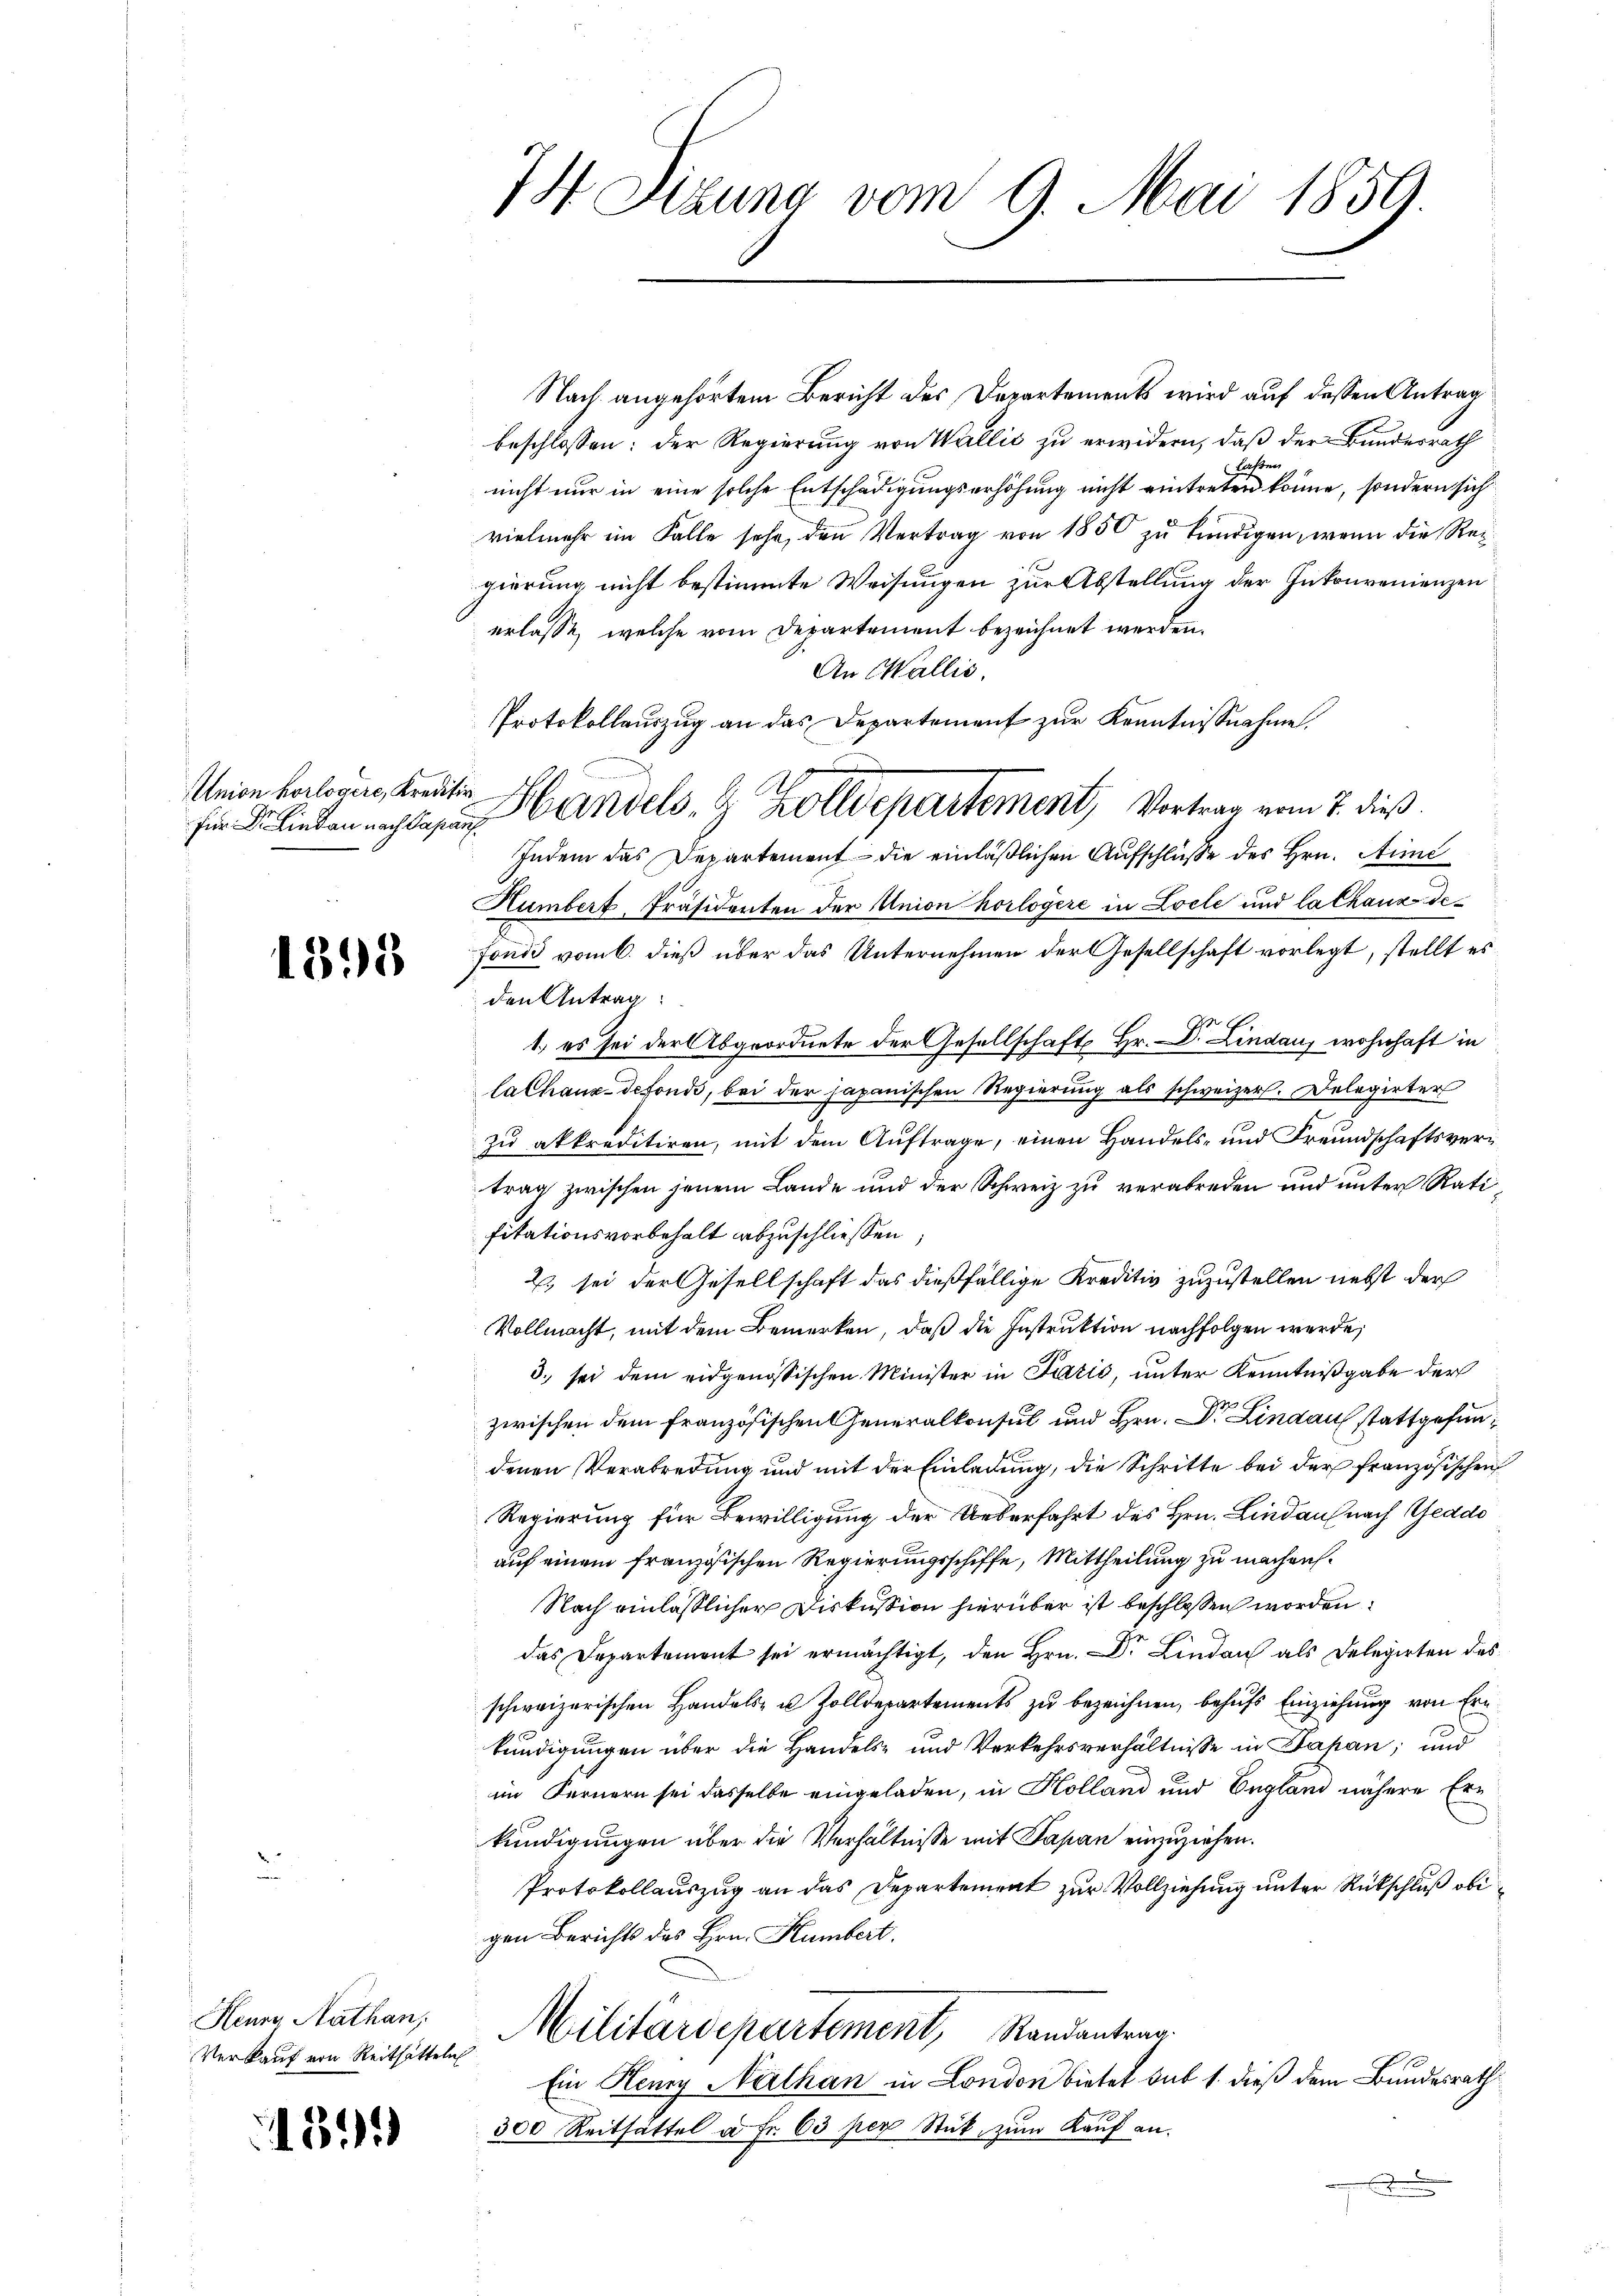
Union horlogere, Kreditir
Für Dr. Lindau nach Papans

1398

Heure Nathan,
Verkauf von Reithätteln

1311

74 Dizung vom 9. Mai 1859.

Nach angehörtem Bericht des Departements wird auf dessen Antrag
beschlossen: der Regierung von Wallis zu erwidern, daß der Bundesrath
ahren
nicht nur in eine solche Entschädigungserhöhung nicht eintreten könne, sondern sich
vielmehr im Falle sehr, den Vertrag von 1850 zu kündigen, wenn die Regierung nicht bestimmte Weisungen zur Abstellung der Inkonvenienzen
erlasse, welche vom Departement bezeichnet werden.
An Wallis.
Indem das Departement - die einläßlichen Aufschlüsse des Hrn. Aic
Humbert, Präsidenten der Union horlogere in Loele und la Chaux-de-
fonds vom 6. dieß über das Unternehmen der Gesellschaft vorlegt, stellt es
den Antrag:
1.) es sei der Abgeordnete der Gesellschaft Hr. Dr. Lindaus wohnhaft in
lalhaux-defonds, bei der japanischen Regierung als schweizer. Delegirter
zu akkreditiren, mit dem Auftrage, einen Handels- und Freundschaftsvertrag zwischen jenem Lande und der Schweiz zu verabreden und unter Ratifitationsvorbehalt abzuschliessen;
2., sei der Gesellschaft das dießfällige Kreditiv zuzustellen nebst der
Vollmacht, mit dem Bemerken, daß die Instruktion nachfolgen werde,
3. sei dem eidgenössischen Minister in Fazić, unter Kenntnißgabe der
zwischen dem französischen Generalkonsul und Hrn. Dr. Lindau stattgefundenen Verabredung und mit der Einladung, die Schritte bei der französischen
Regierung für Bewilligung der Ueberfahrt des Hrn. Lindau nach Geddo
auf einem französischen Regierungsschiffe, Mittheilung zu machen.
Nach einlässlicher Diskussion hierüber ist beschlossen worden.
das Departement sei ermächtigt, den Hrn. Dr. Lindau als Delegirten des
schweizerischen Handels- u. Zolldepartements zu bezeichnen, behufs Einziehung von Ern
kundigungen über die Handels- und Verkehrsverhältnisse in Papan; und
im Fernern sei dasselbe eingeladen, in Kolland und England nähere Erkundigungen über die Verhältnisse mit Papan einzuziehen.
Protokollauszug an das Departement zur Vollziehung unter Rückschluß obigen Berichts des Hrn. Humbert.
Militärdepartement, Randantrag
Ein Henry Nathan in London bietet sub 1. dieß dem Bundesrath
300 Reithattel à Fr. 63 per Stück zŭm Kauf an.

Protokollauszug an das Departement zur Kenntnisnahme.
Handels- & Zolldepartement, Vortrag vom 7. dieß